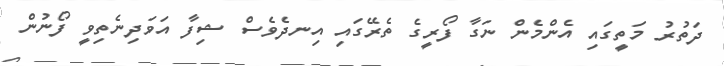
ދަތުރު މަތީގައި އެންމެން ނަގާ ފޯރީގެ ތެރޭގައި އިނދެވެސް ޝިފާ އަވަދިނެތިވީ ފޯނުން